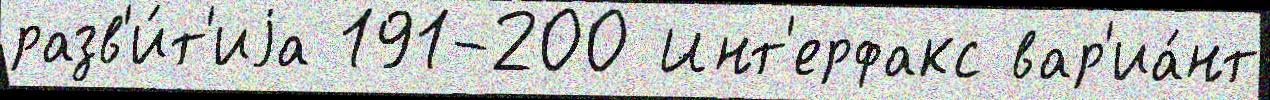
разв'и́т'иjа 191-200 Инт'ерфакс вар'иа́нт